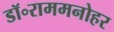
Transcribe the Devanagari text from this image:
डॉ॰राममनोहर